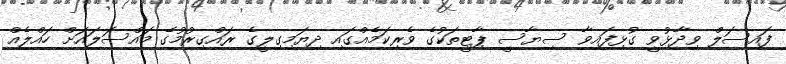
ފައިސަލް ވިދާޅުވީ ގުޅިފައިވާ ސިޔާސީ ޕާޓީތަކުގެ ވެރިކަމެއްގައި ދިޔަމިގިލީގެ ރައްގިރުމުގެ މައްސަލައަށް ހައްލެއް